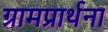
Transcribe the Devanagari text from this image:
ग्रामप्रार्थना